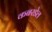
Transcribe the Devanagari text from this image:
कबरडेल